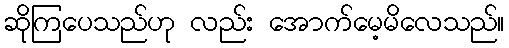
ဆိုကြပေသည်ဟု လည်း အောက်မေ့မိလေသည်။